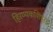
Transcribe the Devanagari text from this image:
हिरण्यकशिपूरचा